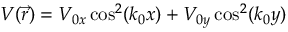
V ( \vec { r } ) = V _ { 0 x } \cos ^ { 2 } ( k _ { 0 } x ) + V _ { 0 y } \cos ^ { 2 } ( k _ { 0 } y )